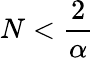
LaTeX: N<\frac{2}{\alpha}